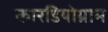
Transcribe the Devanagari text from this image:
कारडियोग्राम